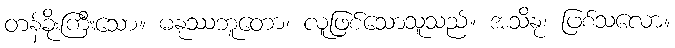
တန်ခိုးကြီးသော။ မနုဿဘူတော၊ လူဖြစ်သောသူသည်။ အသိနု၊ ဖြစ်သလော။